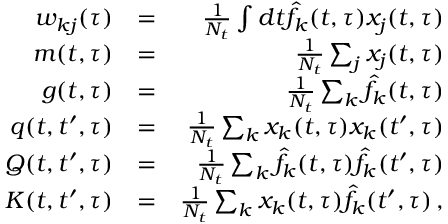
\begin{array} { r l r } { w _ { k j } ( \tau ) } & { = } & { \frac { 1 } { N _ { t } } \int d t \hat { f } _ { k } ( t , \tau ) x _ { j } ( t , \tau ) } \\ { m ( t , \tau ) } & { = } & { \frac { 1 } { N _ { t } } \sum _ { j } x _ { j } ( t , \tau ) } \\ { g ( t , \tau ) } & { = } & { \frac { 1 } { N _ { t } } \sum _ { k } \hat { f } _ { k } ( t , \tau ) } \\ { q ( t , t ^ { \prime } , \tau ) } & { = } & { \frac { 1 } { N _ { t } } \sum _ { k } x _ { k } ( t , \tau ) x _ { k } ( t ^ { \prime } , \tau ) } \\ { Q ( t , t ^ { \prime } , \tau ) } & { = } & { \frac { 1 } { N _ { t } } \sum _ { k } \hat { f } _ { k } ( t , \tau ) \hat { f } _ { k } ( t ^ { \prime } , \tau ) } \\ { K ( t , t ^ { \prime } , \tau ) } & { = } & { \frac { 1 } { N _ { t } } \sum _ { k } x _ { k } ( t , \tau ) \hat { f } _ { k } ( t ^ { \prime } , \tau ) \, , } \end{array}